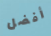
أفضل